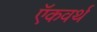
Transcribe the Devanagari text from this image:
ऍकवर्थ